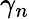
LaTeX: \gamma_{n}